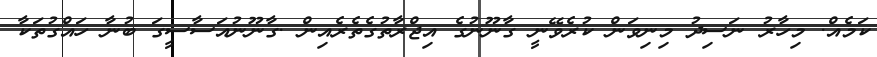
ކަމެއް. މިހާރު ނަސިދު މިނިވަން ކުރެވޭނީ ގާނޫނުގެ އިޖްރާތުގެތެރެއިން .ގާނޫނުއަސާސީގަ ބުނާ ހައްގުތަކާ